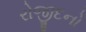
રોજીદનો